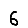
Digit: 6